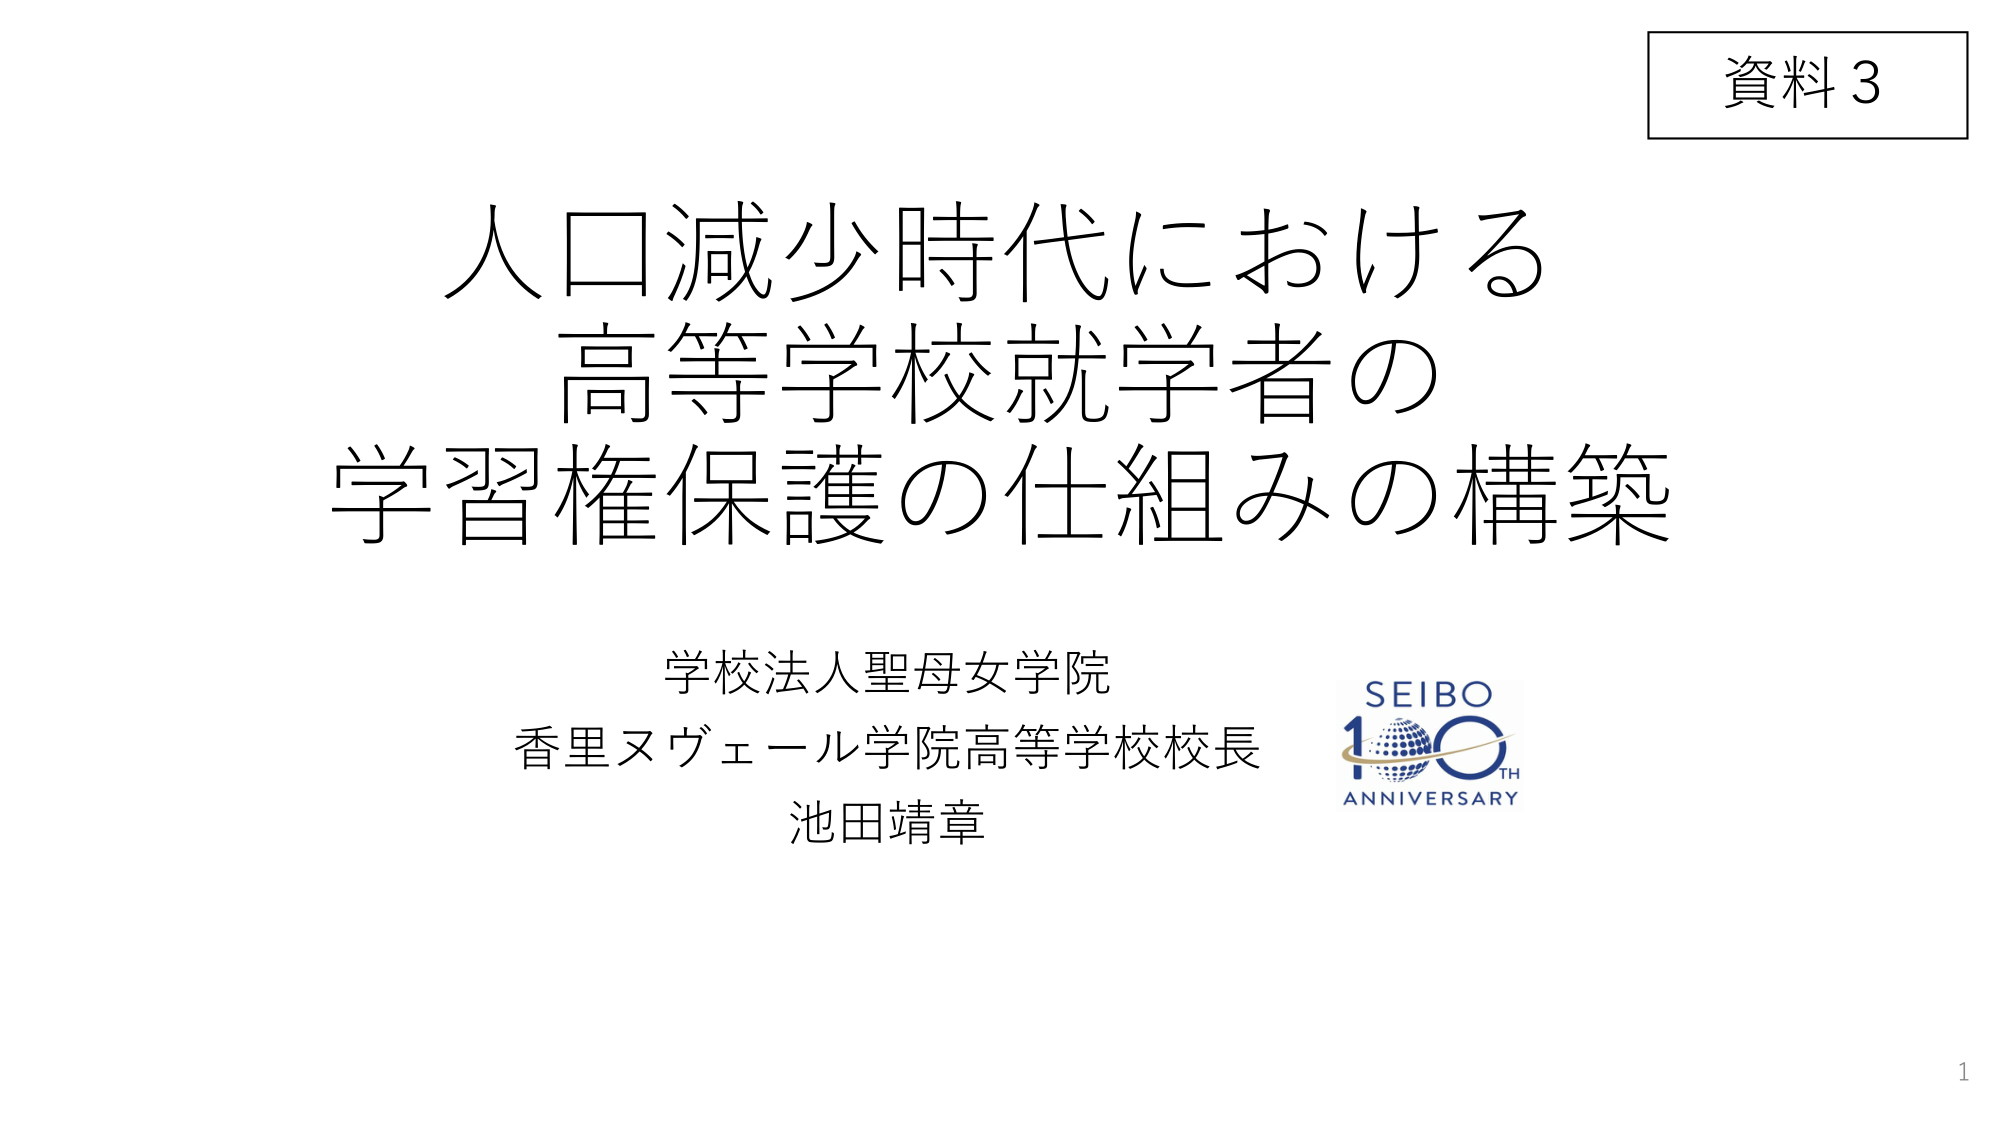
資料3

人口減少時代における
高等学校就学者の
学習権保護の仕組みの構築

学校法人聖母女学院
香里ヌヴェール学院高等学校校長
池田靖章

SEIBO
100TH
ANNIVERSARY

1